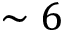
\sim 6